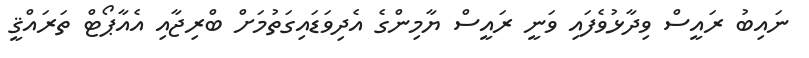
ނައިބު ރައީސް ވިދާޅުވެފައި ވަނީ ރައީސް ޔާމިންގެ އެދިވަޑައިގަތުމަށް ބްރިޖާއި އެއާޕޯޓް ތަރައްޤީ